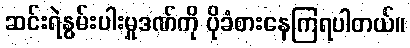
ဆင်းရဲနွမ်းပါးမှုဒဏ်ကို ပိုခံစားနေကြရပါတယ်။